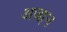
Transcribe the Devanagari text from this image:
अजा़न